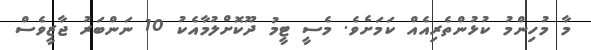
މާ މުހިންމު ކުޅުންތެރިއެއް ކަމަށެވެ. މެސީ ޓީމު ދޫކޮށްލުމާއެކު 10 ނަންބަރު ޖާޒީވެސް